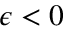
\epsilon < 0